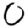
Digit: 0